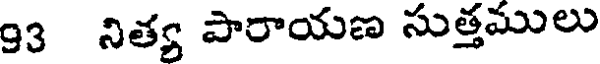
93 నిత్య పారాయణ సుత్తములు